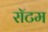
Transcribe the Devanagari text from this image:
रॉटम